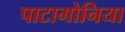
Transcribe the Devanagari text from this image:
पाटागोनिया